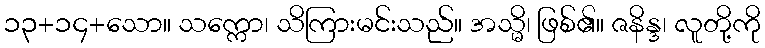
၁၃+၁၄+သော။ သက္ကော၊ သိကြားမင်းသည်။ အသ္မိ၊ ဖြစ်၏။ ဇနိန္ဒ၊ လူတို့ကို